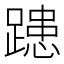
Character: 𨄲